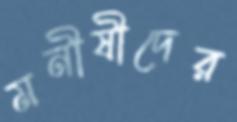
মনীষীদের